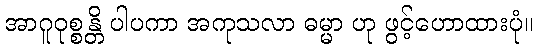
အာဂူဝုစ္စန္တိ ပါပကာ အကုသလာ ဓမ္မာ ဟု ဖွင့်ဟောထားပုံ။